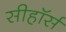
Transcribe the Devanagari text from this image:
सीहॉर्स